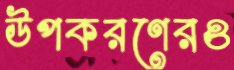
উপকরণেরও